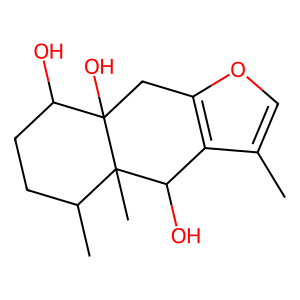
SMILES: Cc1coc2c1C(O)C1(C)C(C)CCC(O)C1(O)C2
Inhibits HIV replication: No